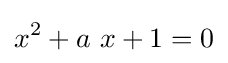
x^{2}+a\ x+1=0